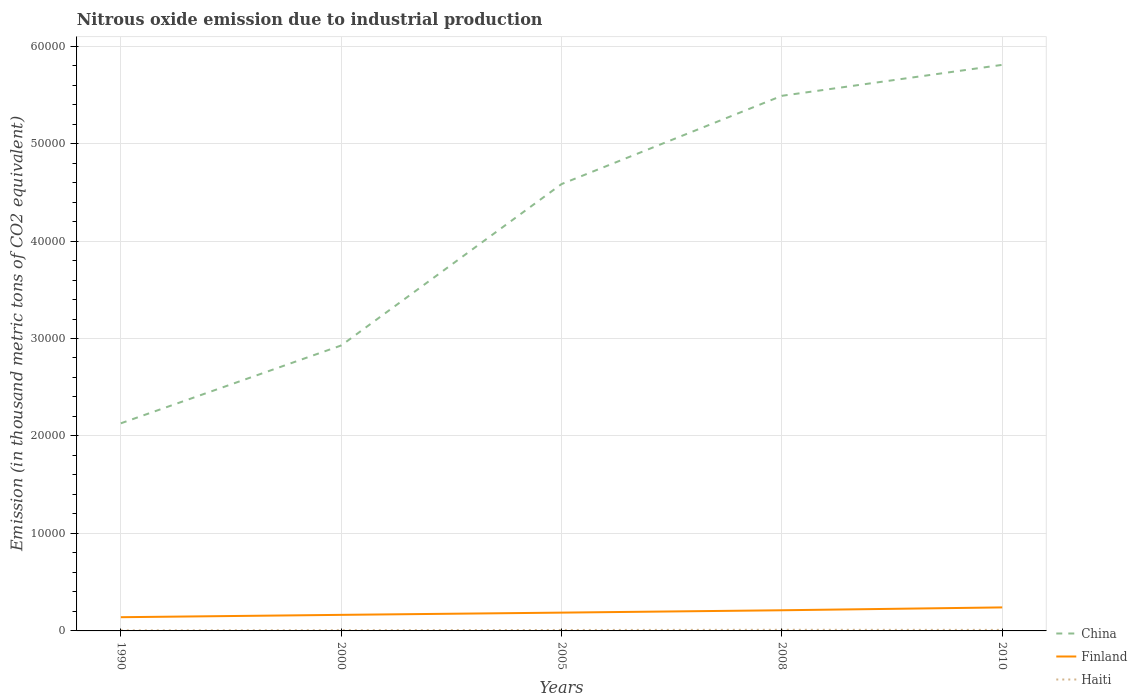
| Years | China | Finland | Haiti |
 | --- | --- | --- | --- |
 | 1990 | 2.13e+04 | 1.41e+03 | 56.6 |
 | 2000 | 2.93e+04 | 1.65e+03 | 73.8 |
 | 2005 | 4.58e+04 | 1.88e+03 | 97 |
 | 2008 | 5.49e+04 | 2.12e+03 | 116 |
 | 2010 | 5.81e+04 | 2.41e+03 | 106 |